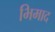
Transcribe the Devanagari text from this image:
भिमाद